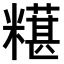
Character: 𫃒